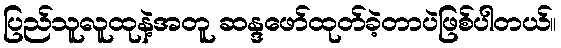
ပြည်သူလူထုနဲ့အတူ ဆန္ဒဖော်ထုတ်ခဲ့တာပဲဖြစ်ပါတယ်။